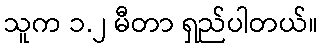
သူက ၁.၂ မီတာ ရှည်ပါတယ်။